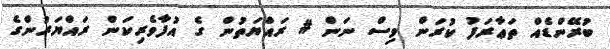
ބުަރޭންޑެއް ތަޢާރަފު ކުރަން ވިސް ނަން # ރައްޔަތުން ގެ އުފާވެރިކަން ރައްޔަރުންގެ